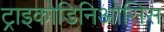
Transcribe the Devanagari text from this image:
ट्राइकोडिनिओसिस